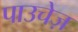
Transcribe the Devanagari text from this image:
पाउचेज़